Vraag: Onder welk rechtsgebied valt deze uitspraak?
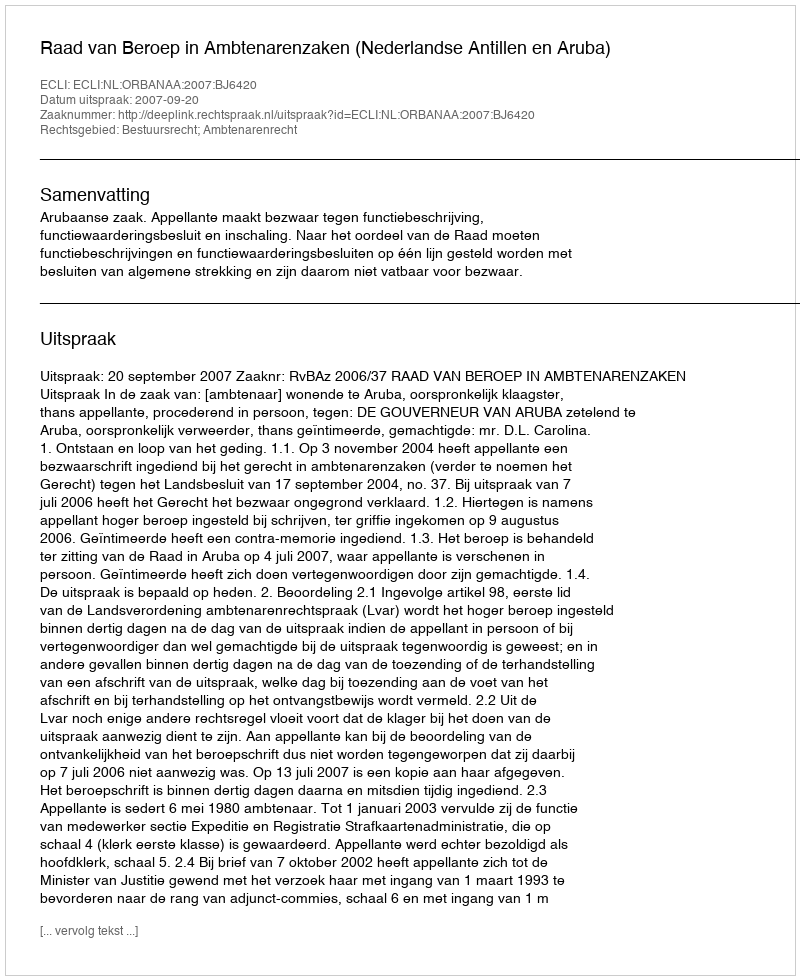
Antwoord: Bestuursrecht; Ambtenarenrecht